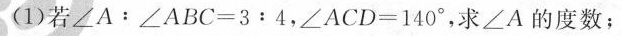
(1)若 $$∠ A﹔ ∠ A B C = 3 ：4$$， $$∠ A C D = 1 4 0 °$$，求 ∠A的度数；